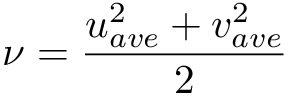
\nu = \frac { u _ { a v e } ^ { 2 } + v _ { a v e } ^ { 2 } } { 2 }